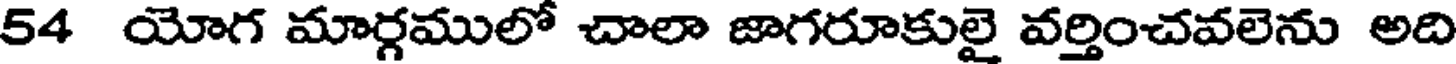
54 యోగ మార్గములో చాలా జాగరూకులై వర్తించవలెను అది